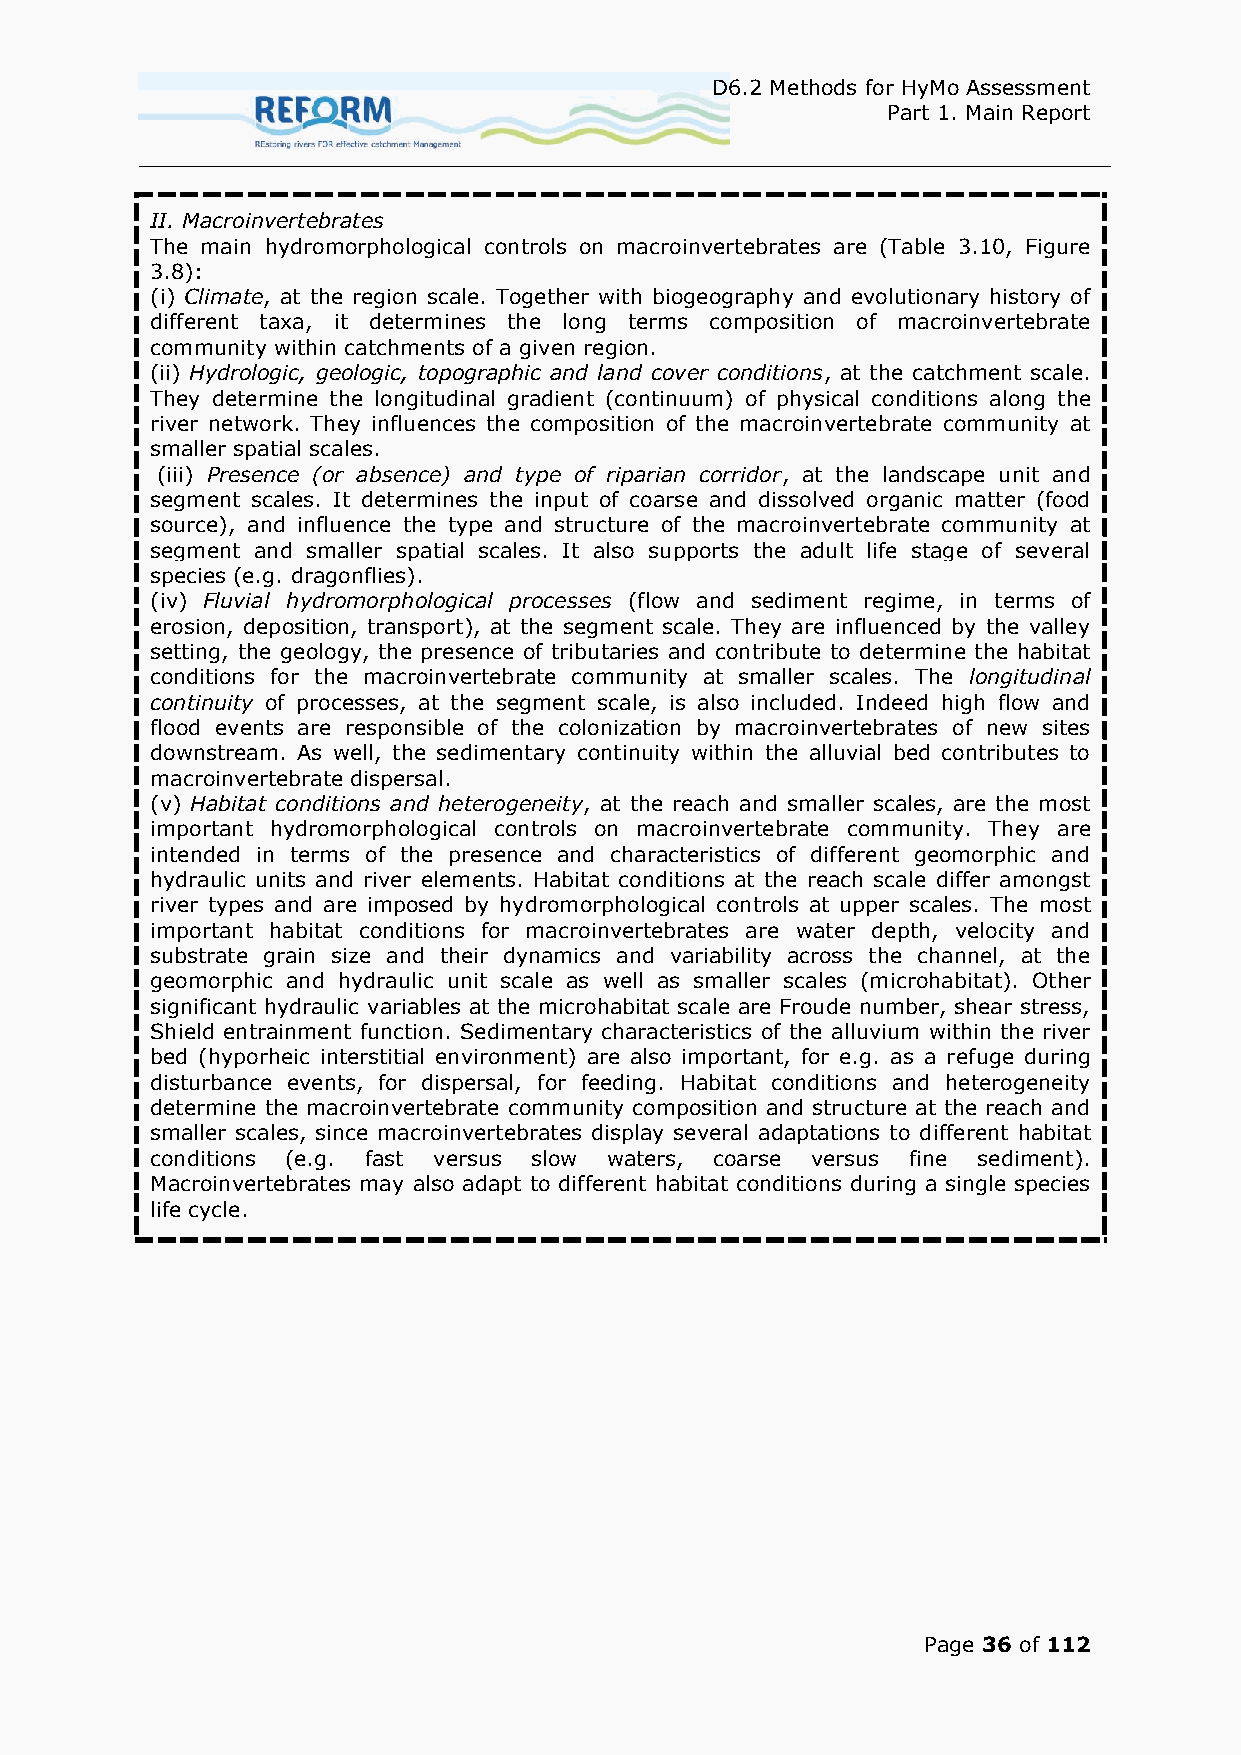
D6.2 Methods for HyMo Assessment
 Part 1. Main Report
 II. Macroinvertebrates
 The main hydromorphological controls on macroinvertebrates are (Table 3.10, Figure
 3.8):
 (i) Climate, at the region scale. Together with biogeography and evolutionary history of
 different taxa, it determines the long terms composition of macroinvertebrate
 community within catchments of a given region.
 (ii) Hydrologic, geologic, topographic and land cover conditions, at the catchment scale.
 They determine the longitudinal gradient (continuum) of physical conditions along the
 river network. They influences the composition of the macroinvertebrate community at
 smaller spatial scales.
 (iii) Presence (or absence) and type of riparian corridor, at the landscape unit and
 segment scales. It determines the input of coarse and dissolved organic matter (food
 source), and influence the type and structure of the macroinvertebrate community at
 segment and smaller spatial scales. It also supports the adult life stage of several
 species (e.g. dragonflies).
 (iv) Fluvial hydromorphological processes (flow and sediment regime, in terms of
 erosion, deposition, transport), at the segment scale. They are influenced by the valley
 setting, the geology, the presence of tributaries and contribute to determine the habitat
 conditions for the macroinvertebrate community at smaller scales. The longitudinal
 continuity of processes, at the segment scale, is also included. Indeed high flow and
 flood events are responsible of the colonization by macroinvertebrates of new sites
 downstream. As well, the sedimentary continuity within the alluvial bed contributes to
 macroinvertebrate dispersal.
 (v) Habitat conditions and heterogeneity, at the reach and smaller scales, are the most
 important hydromorphological controls on macroinvertebrate community. They are
 intended in terms of the presence and characteristics of different geomorphic and
 hydraulic units and river elements. Habitat conditions at the reach scale differ amongst
 river types and are imposed by hydromorphological controls at upper scales. The most
 important habitat conditions for macroinvertebrates are water depth, velocity and
 substrate grain size and their dynamics and variability across the channel, at the
 geomorphic and hydraulic unit scale as well as smaller scales (microhabitat). Other
 significant hydraulic variables at the microhabitat scale are Froude number, shear stress,
 Shield entrainment function. Sedimentary characteristics of the alluvium within the river
 bed (hyporheic interstitial environment) are also important, for e.g. as a refuge during
 disturbance events, for dispersal, for feeding. Habitat conditions and heterogeneity
 determine the macroinvertebrate community composition and structure at the reach and
 smaller scales, since macroinvertebrates display several adaptations to different habitat
 conditions (e.g. fast versus slow waters, coarse versus fine sediment).
 Macroinvertebrates may also adapt to different habitat conditions during a single species
 life cycle.
 Page 36 of 112